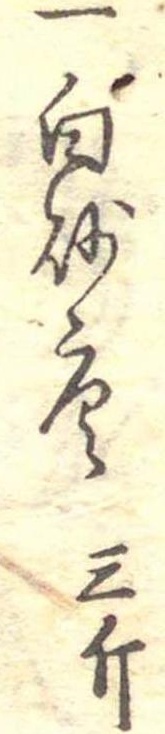
一白砂糖三斤